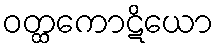
ဝတ္ထကောဋိယော